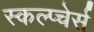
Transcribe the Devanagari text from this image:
स्कल्प्चेर्स